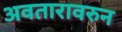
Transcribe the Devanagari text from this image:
अवतारावरुन